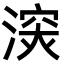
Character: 㴱